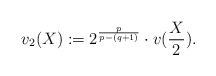
\begin{align*}v_2(X) := 2^{\frac{p}{p- (q+1)}} \cdot v(\frac{X}{2}).\end{align*}